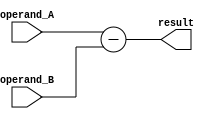
module Subtractor(
    input [7:0] operand_A,
    input [7:0] operand_B,
    output reg [7:0] result
);

always @(*)
begin
    result = operand_A - operand_B;
end

endmodule